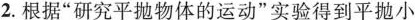
2.根据”研究平抛物体的运动”实验得到平抛小